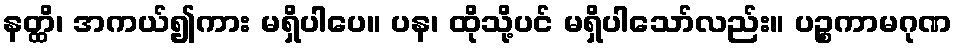
နတ္ထိ၊ အကယ်၍ကား မရှိပါပေ။ ပန၊ ထိုသို့ပင် မရှိပါသော်လည်း။ ပဉ္စကာမဂုဏ